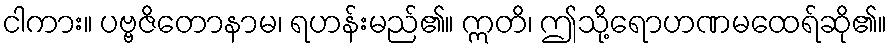
ငါကား။ ပဗ္ဗဇိတောနာမ၊ ရဟန်းမည်၏။ ဣတိ၊ ဤသို့ရောဟဏမထေရ်ဆို၏။